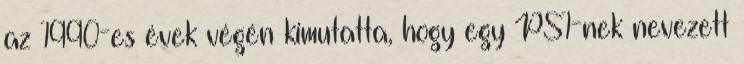
az 1990-es évek végén kimutatta, hogy egy PS1-nek nevezett